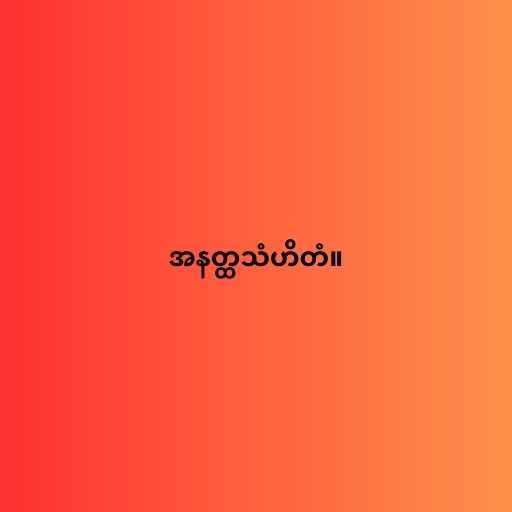
အနတ္ထသံဟိတံ။